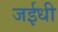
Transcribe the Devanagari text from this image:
जईधी